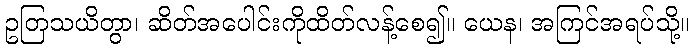
ဥတြသယိတွာ၊ ဆိတ်အပေါင်းကိုထိတ်လန့်စေ၍။ ယေန၊ အကြင်အရပ်သို့။